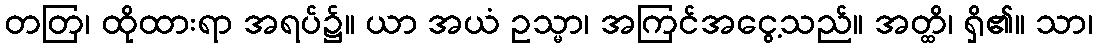
တတြ၊ ထိုထားရာ အရပ်၌။ ယာ အယံ ဥသ္မာ၊ အကြင်အငွေ့သည်။ အတ္ထိ၊ ရှိ၏။ သာ၊